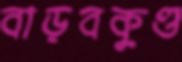
বাড়বকুণ্ড